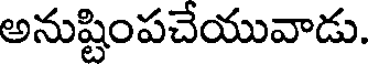
అనుష్టింపచేయువాడు.